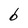
Character: b